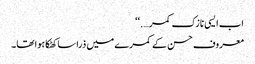
اب ایسی نازک کمر….‘‘
معروف حسن کے کمرے میں ذرا سا کھٹکا ہوا تھا۔